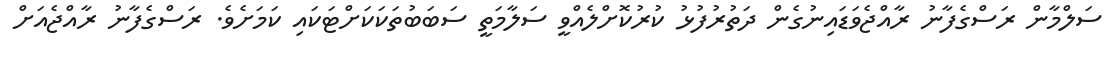
ސަލްމާން ރަސްގެފާނު ރާއްޖެވަޑައިނުގެން ދަތުރުފުޅު ކުރުކޮށްލެއްވީ ސަލާމަތީ ސަބަބުތަކަކަށްޓަކައި ކަމަށެވެ. ރަސްގެފާނު ރާއްޖެއަށް